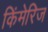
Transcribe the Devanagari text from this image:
किंमेरिज